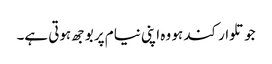
جو تلوار کند ہو وہ اپنی نیام پر بوجھ ہوتی ہے۔